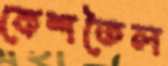
কেশতৈল